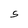
Character: S